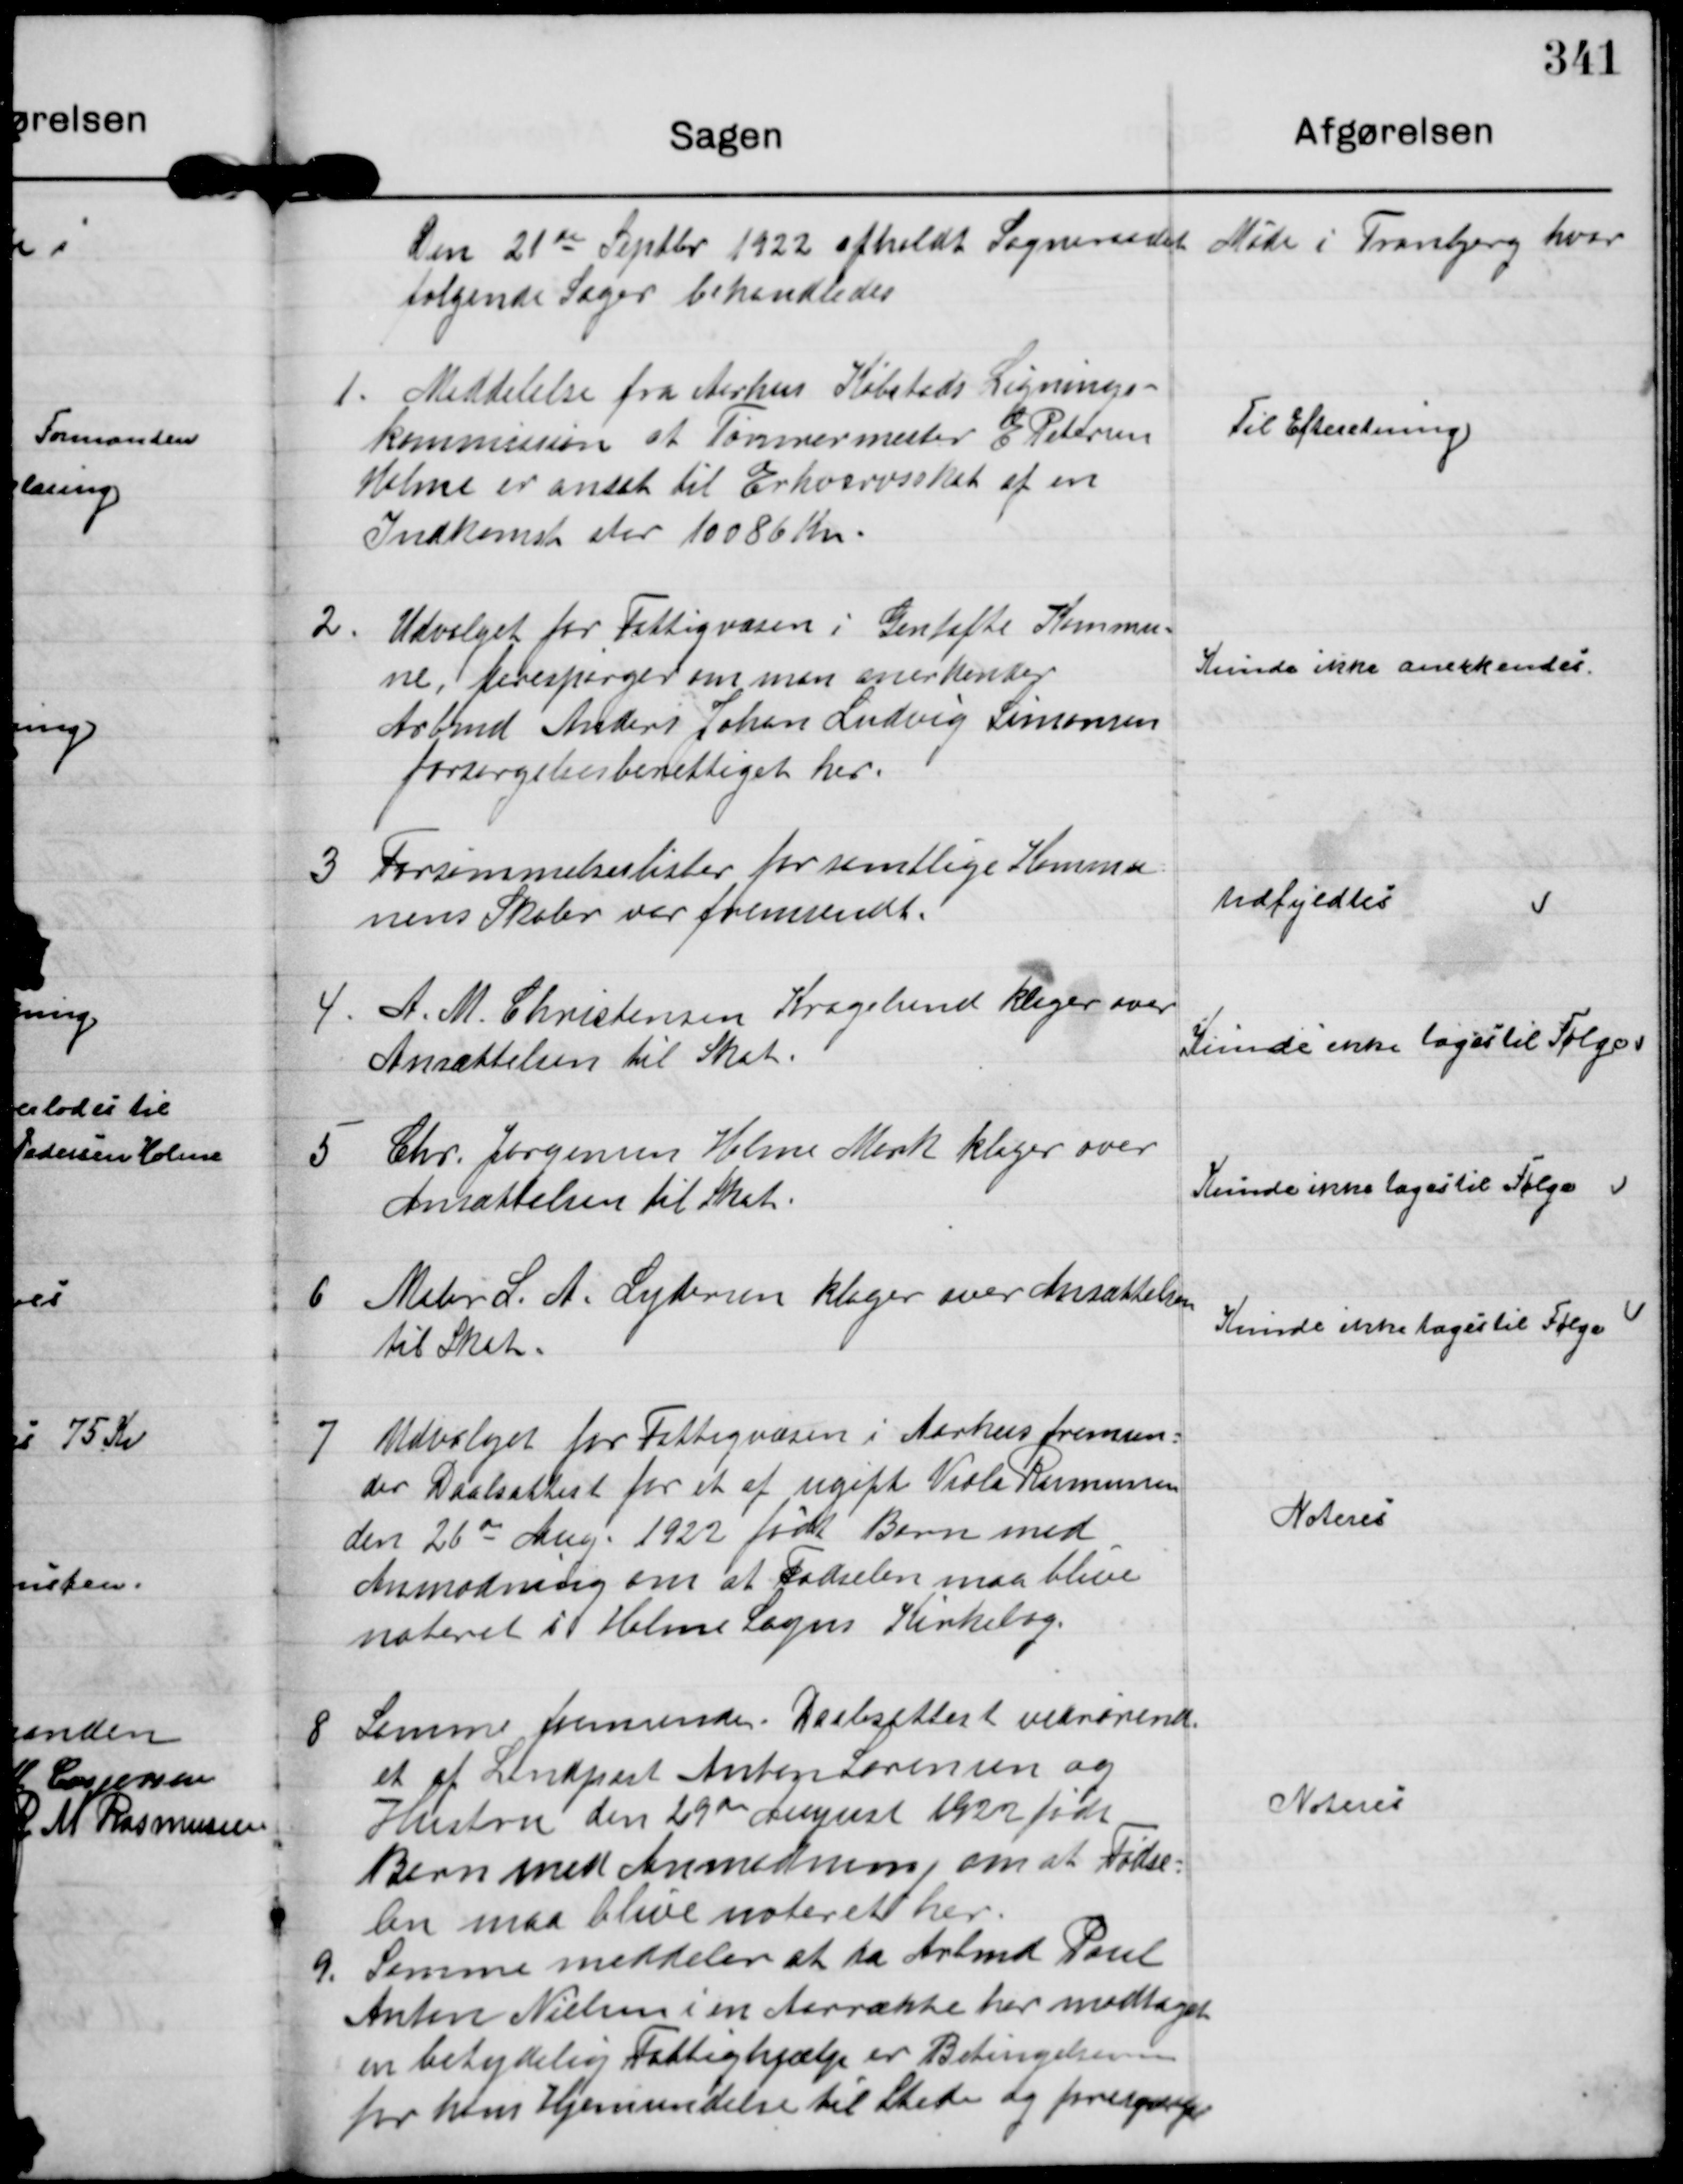
Transskription:
Den 21de Septbr 1922 afholdt Sogneradet Møde i Tranbjerg hvor
følgende Sager behandledes

1. Meddelelse fra Aarhus Købstads Lignings-
Kommission at Tømrermester E Pedersen
Holme er ansat til Erhvervsskat af en
Indkomst stor 10086 Kr.

Til Efteretning.

2. Udvalget for Fattigvæsen i Gentofte Kommu-
ne forespørger om man anerkender
Arbmd Anders Johan Ludvig Simonsen
Forsørgelsesberettiget her.

Kunde ikke anerkendes.

3 Forsømmelseslister for samtlige Kommu-
nens Skoler var fremsendt.

udfyldtes.

4 A. M. Christensen Kragelund klager over
Ansættelsen til Skat

Kunde ikke tages til Følge

5 Chr. Jørgensen Holme Mark klager over
Ansættelsen til Skat

Kunde ikke tages til Følge

6 Maler L. A. Lydersen klager over Ansættelsen
til Skat

Kunde ikke tages til Følge

7 Udvalget for Fattigvæsen i Aarhus fremsen-
der Daabsattest for et af ugift Viola Rasmussen
den 26de Aug. 1922 født Barn med
Anmodning om at Fødselen maa blive
noteret i Holme Sogns Kirkebog.

Noteres

8 Samme fremsender Daabsattest vedrørende
et af Landpost Anton Sørensen og
Hustru den 29de August 1922 født
Barn med Anmodning om at Fødse-
len maa blive noteret her.

Noteres

9. Samme meddeler at da Arbmd Poul
Anton Nielsen i en Aarrække har modtaget
en betydelig Fattighjælp er Betingelserne
for hans Hjemsendelse til Stede og forespørger